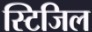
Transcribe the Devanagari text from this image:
स्टिजिल